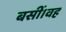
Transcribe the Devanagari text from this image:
बसीं।वह